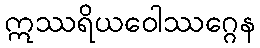
ဣဿရိယဝေါဿဂ္ဂေန